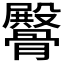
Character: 𩪡